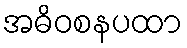
အဓိဝစနပထာ